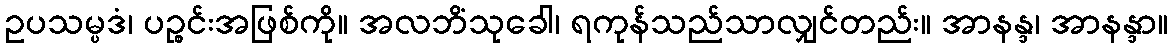
ဥပသမ္ပဒံ၊ ပဉ္စင်းအဖြစ်ကို။ အလဘိံသုခေါ၊ ရကုန်သည်သာလျှင်တည်း။ အာနန္ဒ၊ အာနန္ဒာ။